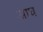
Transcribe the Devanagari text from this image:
आघ